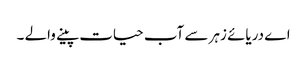
اے دریائے زہر سے آب حیات پینے والے ۔